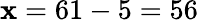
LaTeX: \mathbf{x}=61-5=56